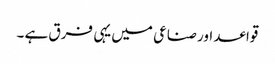
قواعد اور صناعی میں یہی فرق ہے ۔